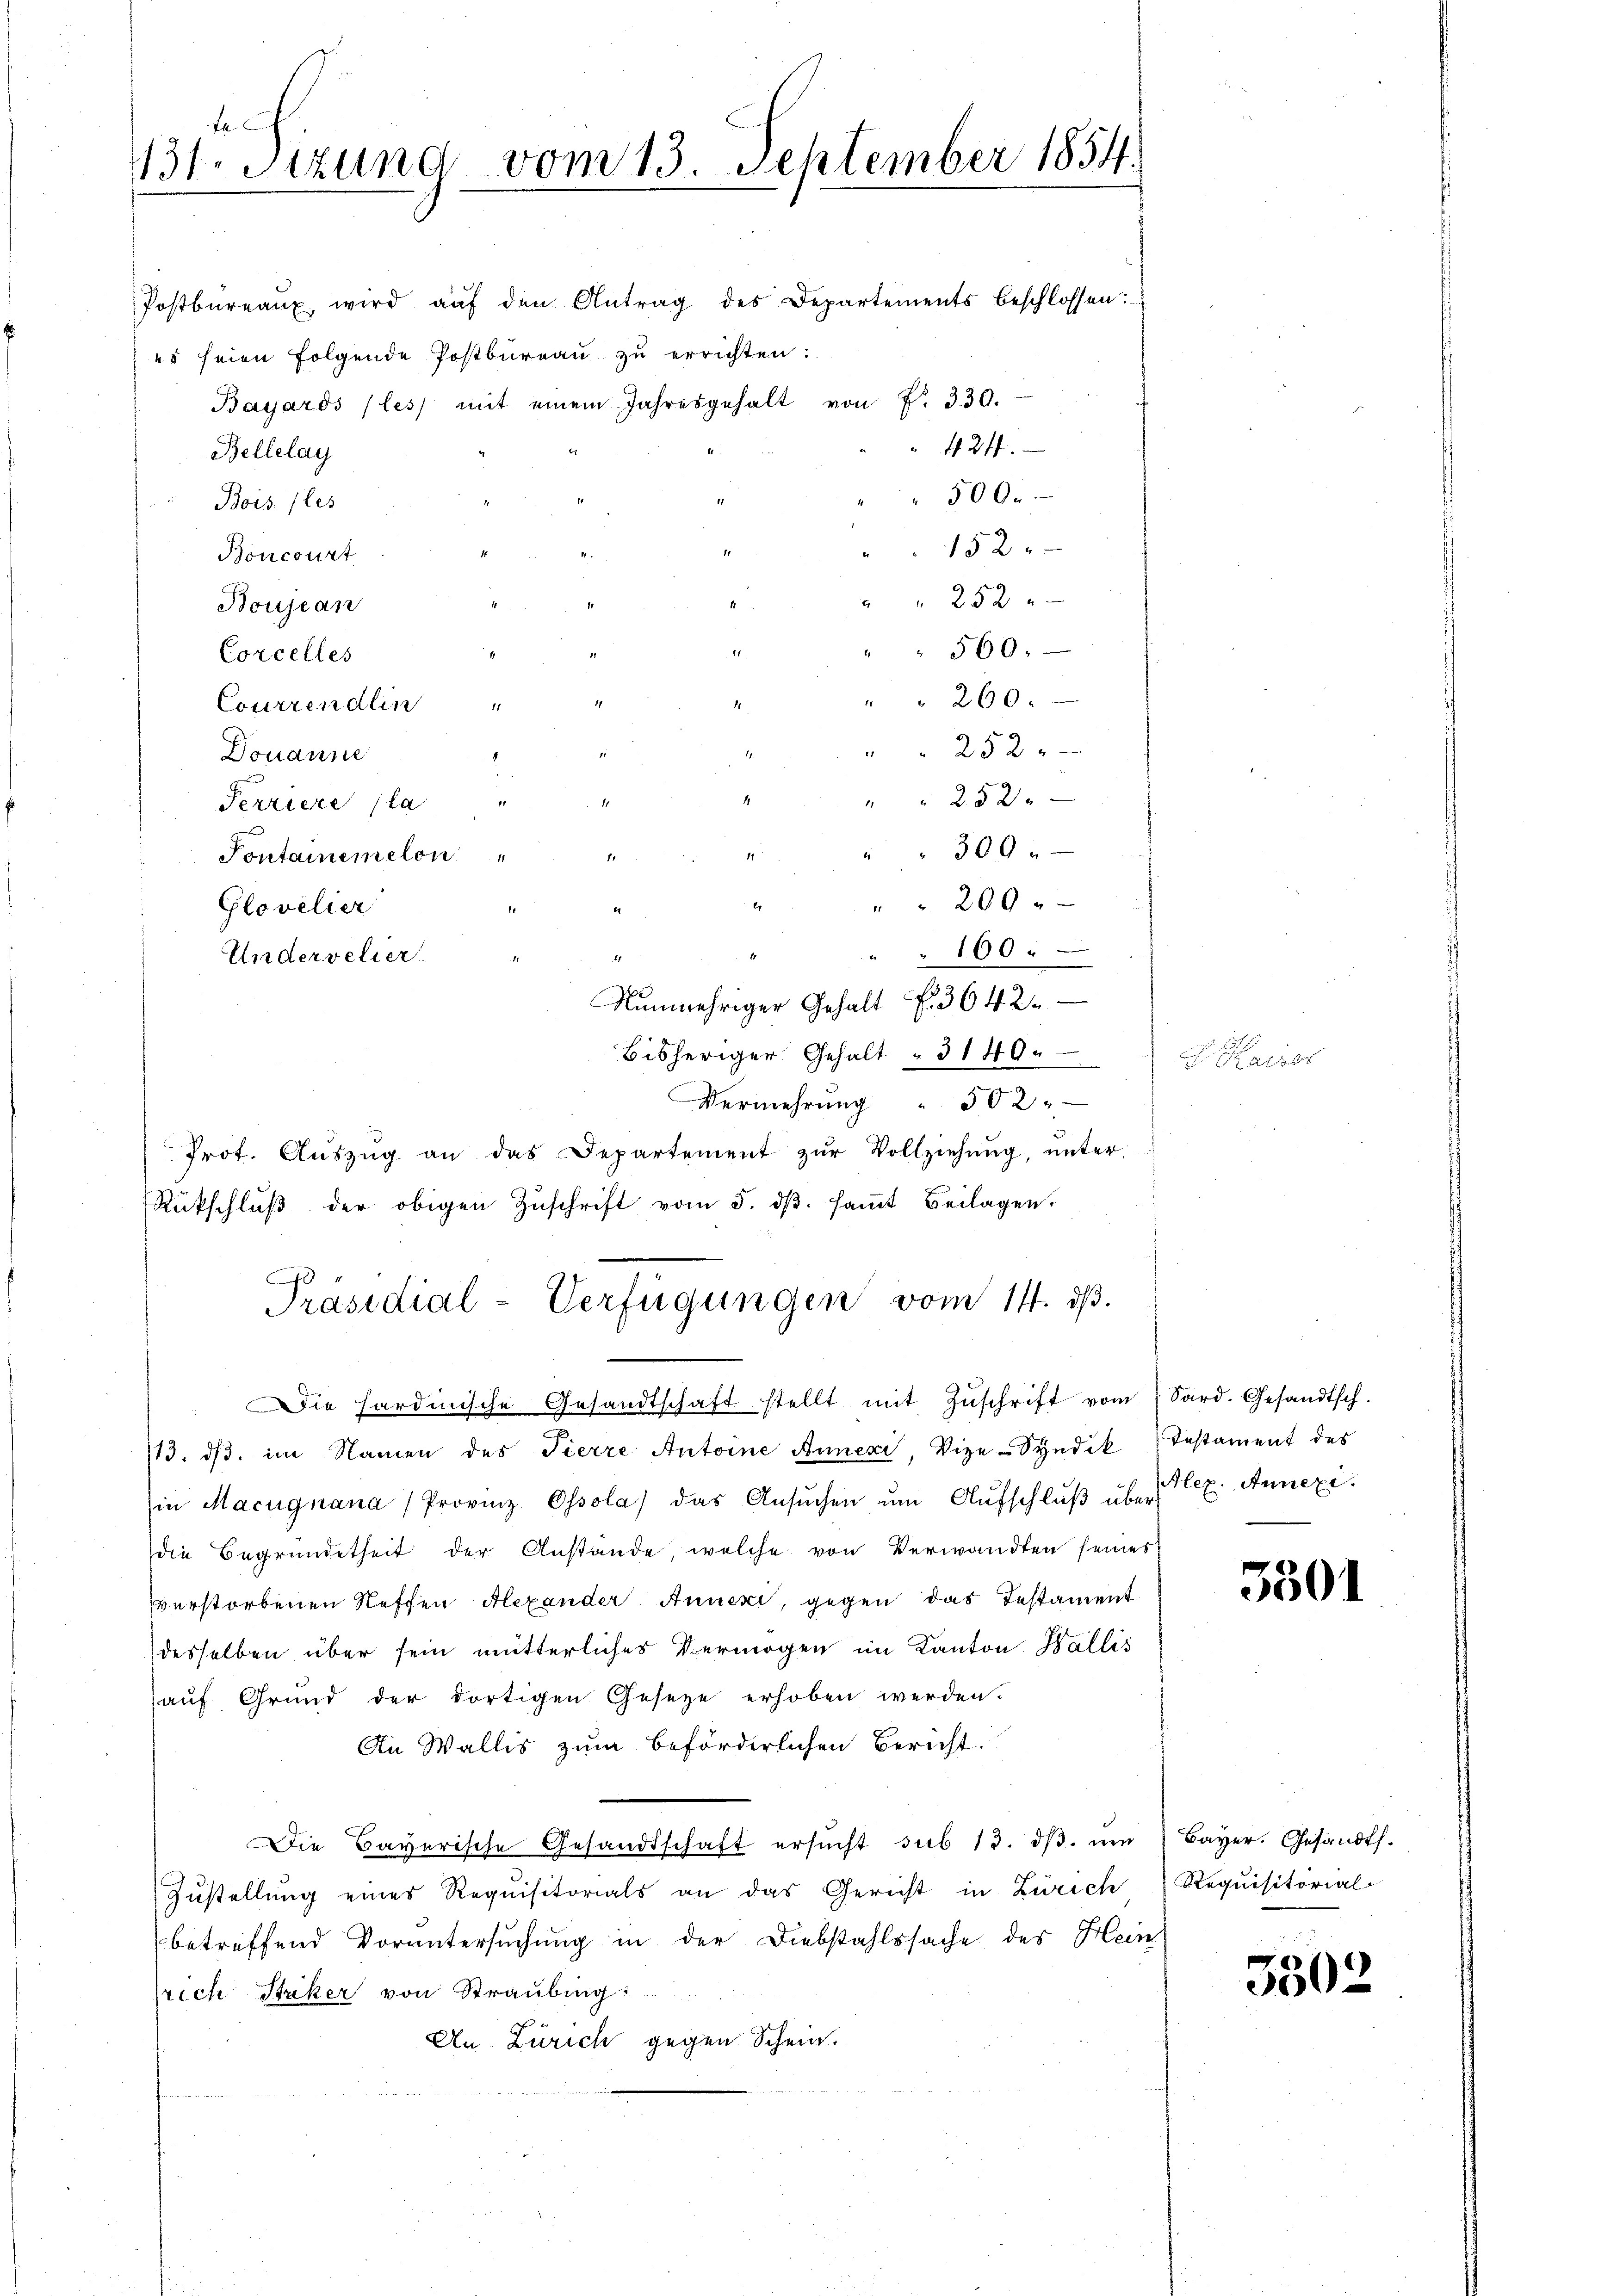
fe
31. Sizund vom 13. September 1854.

Postbüreaŭ wird aŭf den Antrag des Departements beschlossen:
es seien folgende Postbureau zu errichten:
Bayards (les mit einem Jahresgehalt von Fr. 330.
Bellelay
Bois les
Boncourt
Boujean
Corcelles
.
Courrendlin
e
Douanne
2
Perriere la
Pontainem elon
.
Glovelier
.
.
Undervelier
Nunmehriger Gehalt . 3642.
bisheriger Gehalt " 3140.
Vermehrŭng " 502.
Prot. Auszug an das Departement zur Vollziehung, unter
Rütschlŭβ der obigen Zŭschrift vom 5. dβ. saṁt Beilagen,
Präsidial-Verfügungen vom 14. ds.

560.
" " 260.
252
2520
309
4
209
" " 100

424.
500.
152
252

Die hardinische Gesandtschaft stellt mit Zŭschrift vom Sard. Gesandtsch.
113. dβ. im Namen des Tierre Antoine Annexi, Vize-Syndik) Testament des
ie Macugnana (Provinz Ossola das Ansŭchen ŭm Aŭfschlŭβ über Bez. Annexi
die Begründetheit der Anstände, welche von Verwandten seines
verstorbenen Neffen Alexander Annexi, gegen das Testament
desselben über sein mütterliches Vermögen im Kanton Wallis
aŭf Grund der dortigen Gesetze erhoben werden.
An Wallis zum beförderlichen Bericht.
Die Bayerische Gesandtschaft ersŭcht sub 13. dβ. ŭm " Bayer. Gesandts.
Zŭstellŭng eines Requisitorials an das Gericht in Zürich Requisitorial-
betreffend Voruntersuchung in der Diebstahlssache des Heinlrich Striker von Straubung:
An-Zürich gegen Schein.

e

3301

3502